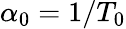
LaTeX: \alpha_{0}=1/T_{0}